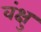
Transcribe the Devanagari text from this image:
वंक्षु